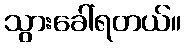
သွားခေါ်ရတယ်။